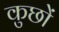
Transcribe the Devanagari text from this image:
कुछों